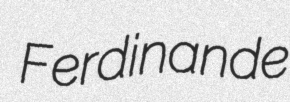
Ferdinande